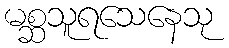
မစ္ဆသူရသေနေသု